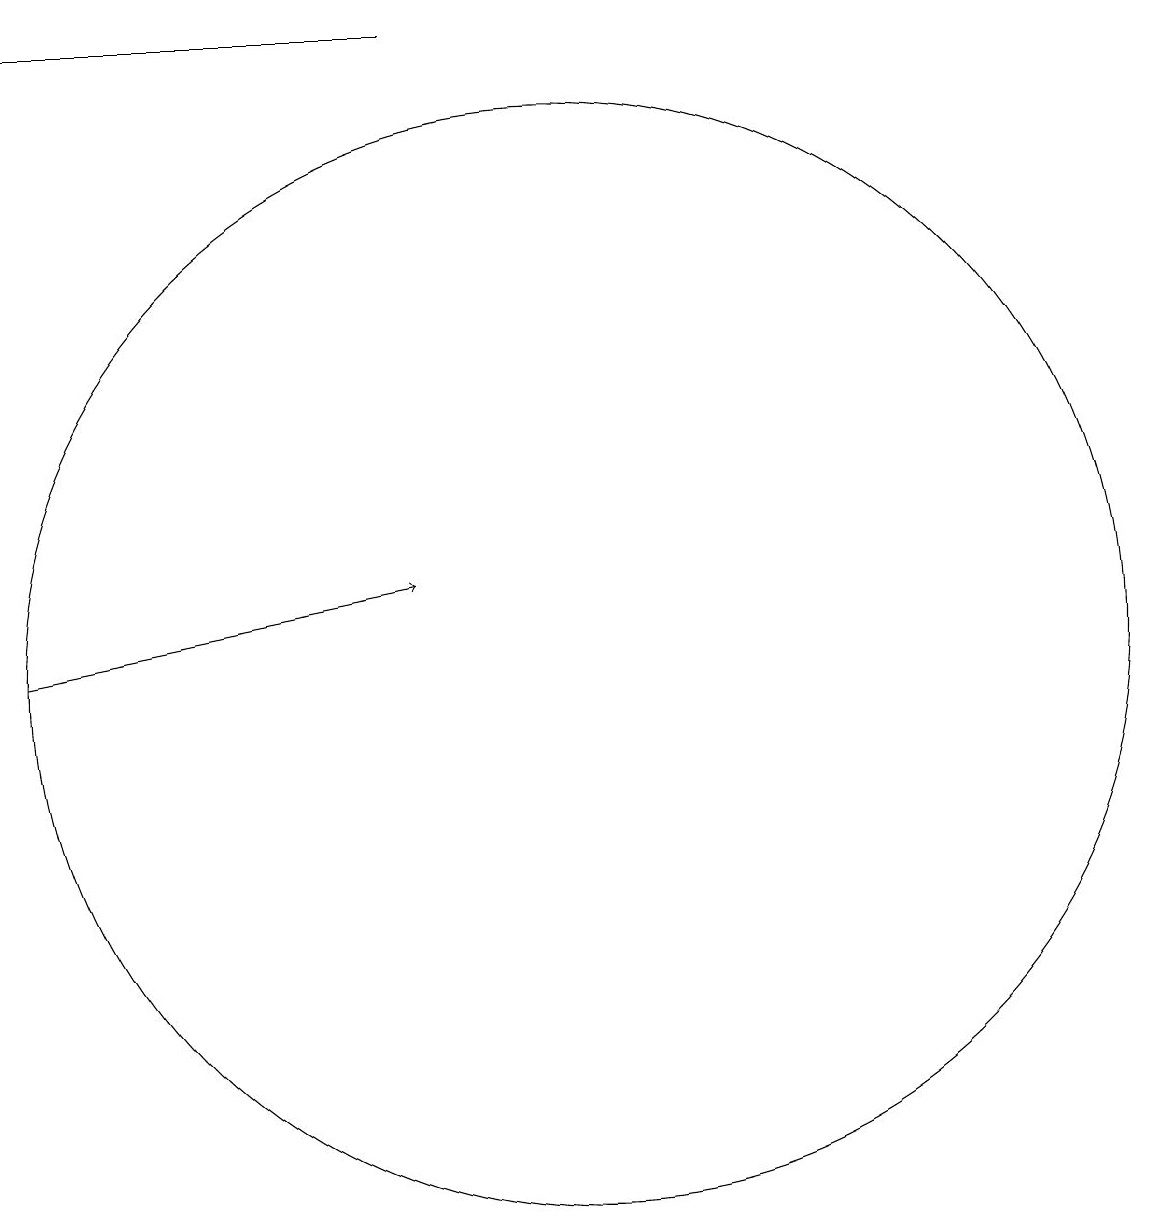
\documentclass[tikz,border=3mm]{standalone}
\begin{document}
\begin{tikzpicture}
\draw (3,18) rectangle (8,18);
\draw (10,10) circle (7);
\draw[->] (3,10) -- (8,11);
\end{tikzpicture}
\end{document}